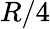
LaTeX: R/4